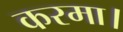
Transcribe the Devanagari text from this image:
करमा।